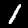
Digit: 1